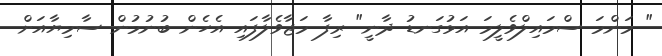
" މަންމަ ސްމައިލްވެލީމަ އަޅުގަނޑު ދާނީ" ރިފާ މަޖާވެލާފައި އެހެން ބުނުމުން ސާމިޔާއަށް